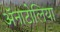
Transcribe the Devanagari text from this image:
ॲनाटोलिया